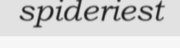
spideriest